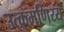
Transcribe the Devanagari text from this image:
उत्क्रमणिय्य